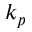
k _ { p }